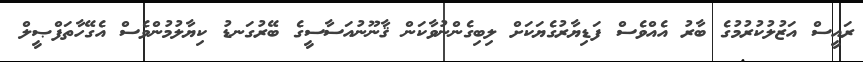
ރައީސް އަޒުލުކުރުމުގެ ބާރު އެއްވެސް ފަޑިޔާރުގެޔަކަށް ލިބިގެންނުވާކަން ޤާނޫނުއަސާސީގެ ބޭރުގަނޑު ކިޔާލުމުންވެސް އެގޭހާތަފްޞީލް